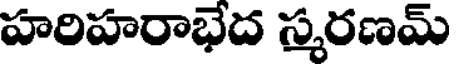
హరిహరాభేద స్మరణమ్